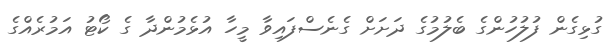
ގުޅިގެން ފުލުހުންގެ ބެލުމުގެ ދަށަށް ގެނެސްފައިވާ މީހާ އުޅެމުންދާ ގެ ކޯޓު އަމުރެއްގެ